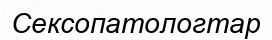
Сексопатологтар